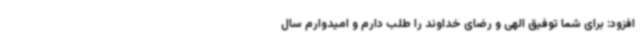
افزود: برای شما توفیق الهی و رضای خداوند را طلب دارم و امیدوارم سال